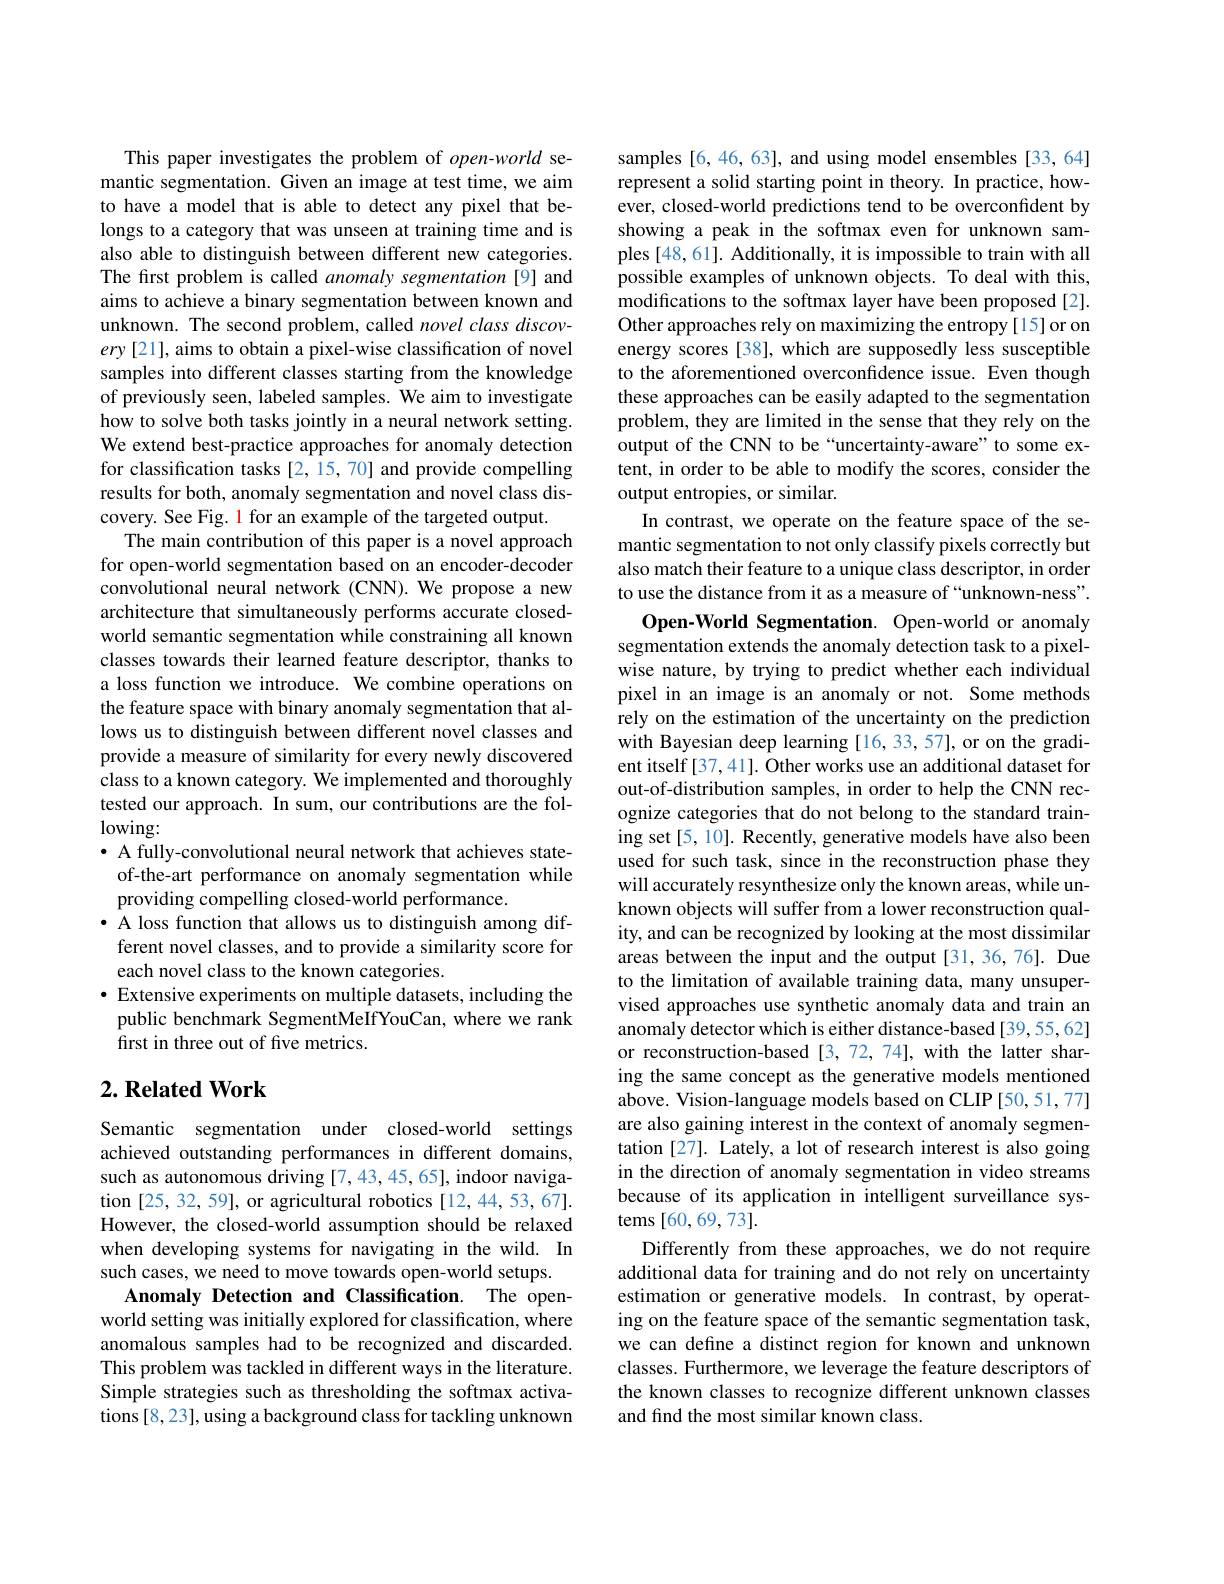
This paper investigates the problem of $open-world$ semantic segmentation. Given an image at test time, we aim to have a model that is able to detect any pixel that belongs to a category that was unseen at training time and is also able to distinguish between different new categories. The first problem is called anomaly segmentation[9] and aims to achieve a binary segmentation between known and unknown. The second problem, called novel class discovery [21], aims to obtain a pixel-wise classification of novel samples into different classes starting from the knowledge of previously seen, labeled samples. We aim to investigate how to solve both tasks jointly in a neural network setting. We extend best-practice approaches for anomaly detection for classification tasks [2,15,70] and provide compelling results for both, anomaly segmentation and novel class discovery. See Fig. 1 for an example of the targeted output.
The main contribution of this paper is a novel approach for open-world segmentation based on an encoder-decoder convolutional neural network (CNN).We propose a new architecture that simultaneously performs accurate closedworld semantic segmentation while constraining all known classes towards their learned feature descriptor, thanks to a loss function we introduce. We combine operations on the feature space with binary anomaly segmentation that allows us to distinguish between different novel classes and provide a measure of similarity for every newly discovered class to a known category. We implemented and thoroughly tested our approach. In sum, our contributions are the following:
· A fully-convolutional neural network that achieves state-
of-the-art performance on anomaly segmentation while
providing compelling closed-world performance.
· A loss function that allows us to distinguish among different novel classes, and to provide a similarity score for each novel class to the known categories.
$\bullet$ Extensive experiments on multiple datasets, including the public benchmark SegmentMeIfYouCan, where we rank first in three out of five metrics.

## $2. \textbf{Related Work}$

Semantic segmentation under closed-world settings achieved outstanding performances in different domains, such as autonomous driving [7,43,45,65], indoor navigation [25, 32, 59], or agricultural robotics [12, 44, 53, 67]. However, the closed-world assumption should be relaxed when developing systems for navigating in the wild. In such cases, we need to move towards open-world setups.
Anomaly Detection and Classification. The openworld setting was initially explored for classification, where anomalous samples had to be recognized and discarded. This problem was tackled in different ways in the literature. Simple strategies such as thresholding the softmax activations [8,23], using a background class for tackling unknown

samples [6, 46, 63], and using model ensembles [33, 64] represent a solid starting point in theory. In practice, however, closed-world predictions tend to be overconfident by showing a peak in the softmax even for unknown samples [48,61]. Additionally, it is impossible to train with all possible examples of unknown objects. To deal with this, modifications to the softmax layer have been proposed [2]. Other approaches rely on maximizing the entropy[15]or on energy scores[38], which are supposedly less susceptible to the aforementioned overconfidence issue. Even though these approaches can be easily adapted to the segmentation problem, they are limited in the sense that they rely on the output of the CNN to be“uncertainty-aware”to some extent, in order to be able to modify the scores, consider the output entropies, or similar.
In contrast, we operate on the feature space of the semantic segmentation to not only classify pixels correctly but also match their feature to a unique class descriptor, in order to use the distance from it as a measure of “unknown-ness".
Open-World Segmentation. Open-world or anomaly segmentation extends the anomaly detection task to a pixelwise nature, by trying to predict whether each individual pixel in an image is an anomaly or not. Some methods rely on the estimation of the uncertainty on the prediction with Bayesian deep learning [16,33,57],or on the gradient itself[37,41]. Other works use an additional dataset for out-of-distribution samples, in order to help the CNN recognize categories that do not belong to the standard training set [5, 10]. Recently, generative models have also been used for such task, since in the reconstruction phase they will accurately resynthesize only the known areas, while unknown objects will suffer from a lower reconstruction quality, and can be recognized by looking at the most dissimilar areas between the input and the output [31,36,76]. Due to the limitation of available training data, many unsupervised approaches use synthetic anomaly data and train an anomaly detector which is either distance-based [39,55,62] or reconstruction-based [3,72,74],with the latter sharing the same concept as the generative models mentioned above. Vision-language models based on CLIP [50,51,77] are also gaining interest in the context of anomaly segmentation[27]. Lately, a lot of research interest is also going in the direction of anomaly segmentation in video streams because of its application in intelligent surveillance systems [60,69,73].
Differently from these approaches, we do not require additional data for training and do not rely on uncertainty estimation or generative models. In contrast, by operating on the feature space of the semantic segmentation task, we can define a distinct region for known and unknown classes. Furthermore, we leverage the feature descriptors of the known classes to recognize different unknown classes and find the most similar known class.